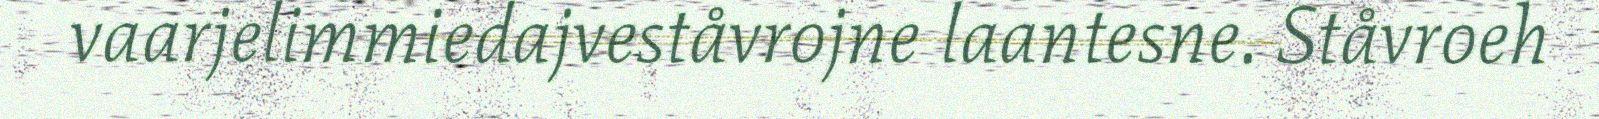
vaarjelimmiedajveståvrojne laantesne. Ståvroeh